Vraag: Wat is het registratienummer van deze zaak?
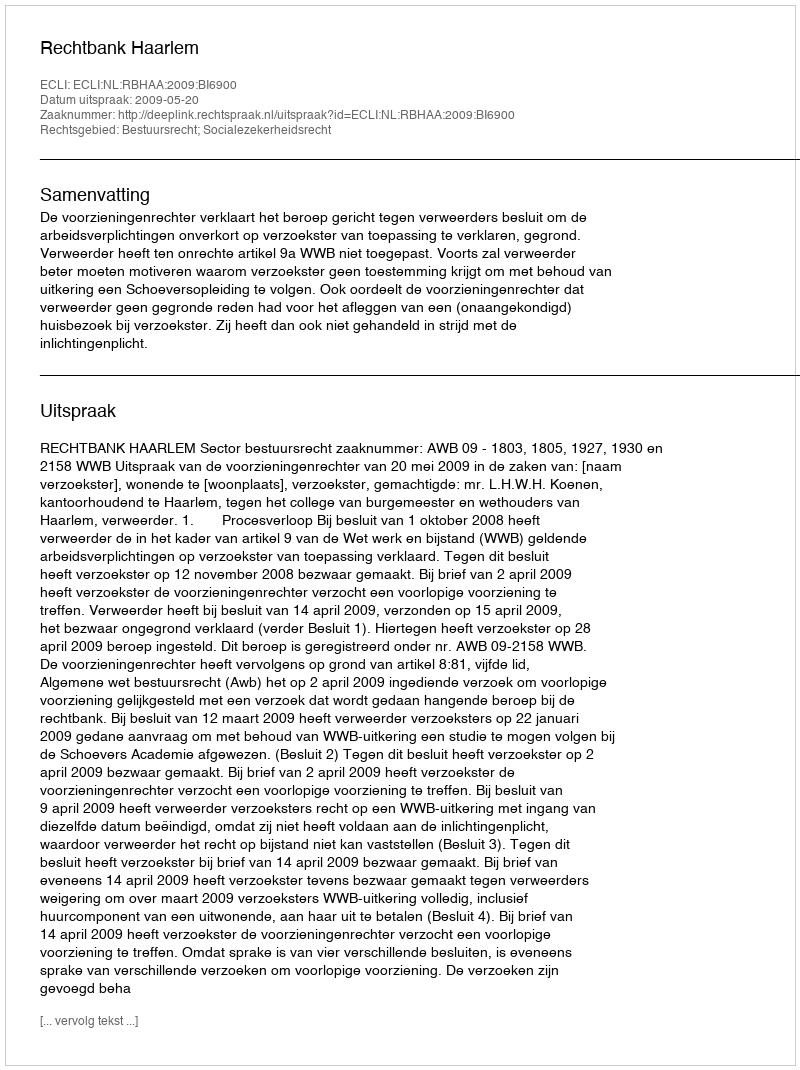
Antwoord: http://deeplink.rechtspraak.nl/uitspraak?id=ECLI:NL:RBHAA:2009:BI6900